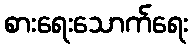
စားရေးသောက်ရေး